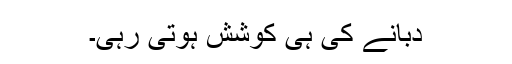
دبانے کی ہی کوشش ہوتی رہی۔